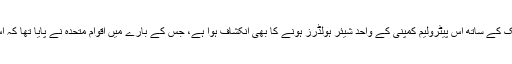
سابق وزیرِ اعظم بینظیر بھٹو کے حسن علی جعفری (ان کے بھانجے) اور سینیٹر رحمان ملک کے ساتھ اس پیٹرولیم کمپنی کے واحد شیئر ہولڈرز ہونے کا بھی انکشاف ہوا ہے، جس کے بارے میں اقوام متحدہ نے پایا تھا کہ اس نے سابق عراقی آمر صدام حسین کو ٹھیکے حاصل کرنے کے بدلے میں رشوت دی تھی۔